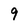
Character: 9